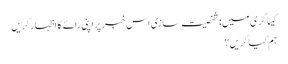
کیٹاگری میں : شخصیت سازی اس خبر پر اپنی رائے کا اظہار کریں
ہم کیا کریں؟